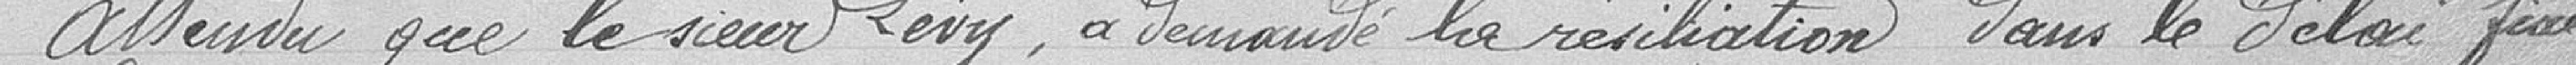
attendu que le sieur Lévy, à demandé la résiliation dans le délai fixé